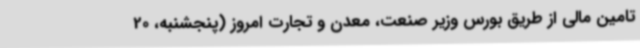
تامین مالی از طریق بورس وزیر صنعت، معدن و تجارت امروز (پنجشنبه، 20